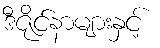
ဒီဇိုင်နာများနှင့်